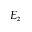
E _ { z }